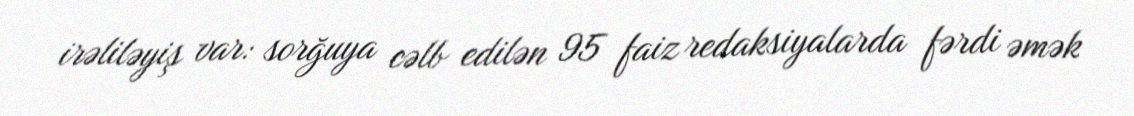
irəliləyiş var: sorğuya cəlb edilən 95 faiz redaksiyalarda fərdi əmək